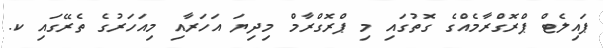
ޕައިލެޓް ޕްރޮގްރާމެއްގެ ގޮތުގައި މި ޕްރޮގްރާމް މިދިޔަ އަހަރާއި މިއަހަރުގެ ތެރޭގައި ކ.